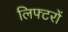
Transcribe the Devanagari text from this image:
लिफ्टरों